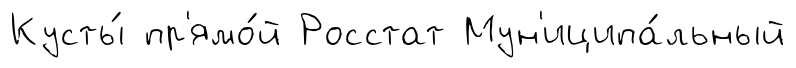
Кусты́ пр'ямо́й Росстат Мун'иципа́льный